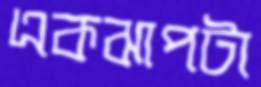
একঝাপটা